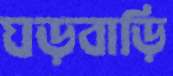
ঘড়বাড়ি